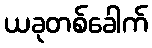
ယခုတစ်ခေါက်